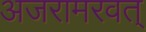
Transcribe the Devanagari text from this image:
अजरामरवत्